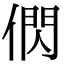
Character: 𬿂